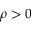
\rho > 0